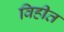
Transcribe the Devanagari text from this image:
विहीत